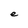
Character: e